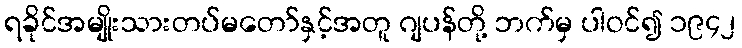
ရခိုင်အမျိုးသားတပ်မတော်နှင့်အတူ ဂျပန်တို့ ဘက်မှ ပါဝင်၍ ၁၉၄၂